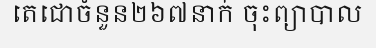
តេជោចំនួន២៦៧នាក់ ចុះព្យាបាល